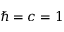
\hbar = c = 1